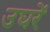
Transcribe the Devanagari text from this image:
उघरें